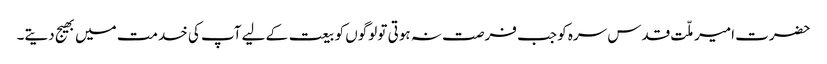
حضرت امیر ملّت قدس سرہ کو جب فرصت نہ ہوتی تو لوگوں کو بیعت کے لیے آپ کی خدمت میں بھیج دیتے۔